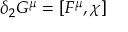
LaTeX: \delta _ { 2 } G ^ { \mu } = [ F ^ { \mu } , \chi ]